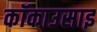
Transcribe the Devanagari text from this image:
कॉकाउसाइ